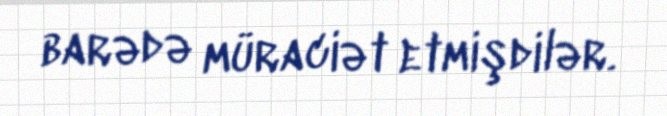
barədə müraciət etmişdilər.